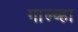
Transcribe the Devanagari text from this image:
गाल्व्हा